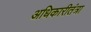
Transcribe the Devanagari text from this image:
अधिकारीतंत्रा